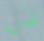
قس